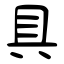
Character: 具